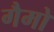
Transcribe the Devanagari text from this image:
गैमो